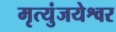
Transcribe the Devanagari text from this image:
मृत्युंजयेश्वर